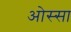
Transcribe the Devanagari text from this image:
ओस्सा